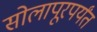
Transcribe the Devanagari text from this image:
सोलापूरपर्यंत